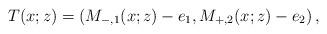
LaTeX: \begin{align*}T(x;z)=\left(M_{-,1}(x;z)-e_1, M_{+,2}(x;z)-e_2\right),\end{align*}